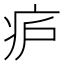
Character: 𬏞